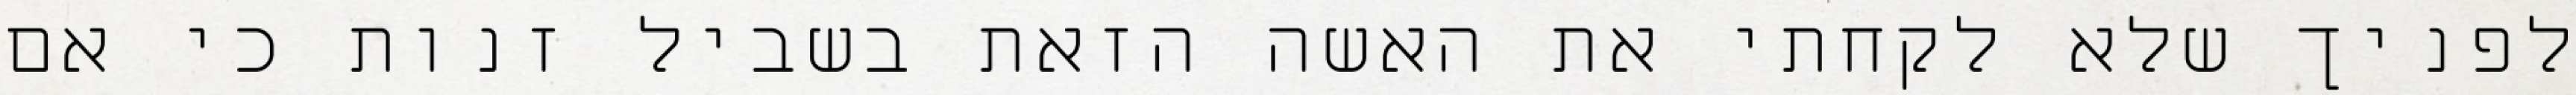
לפניך שלא לקחתי את האשה הזאת בשביל זנות כי אם